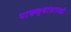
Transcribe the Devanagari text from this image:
पाकळ्यांसारखी